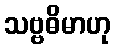
သဗ္ဗဓိမာဟု